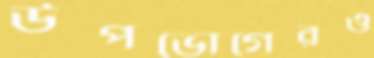
উপভোগেরও